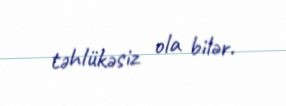
təhlükəsiz ola bilər.